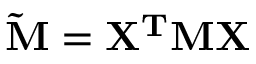
\bf \tilde { M } = X ^ { T } M X